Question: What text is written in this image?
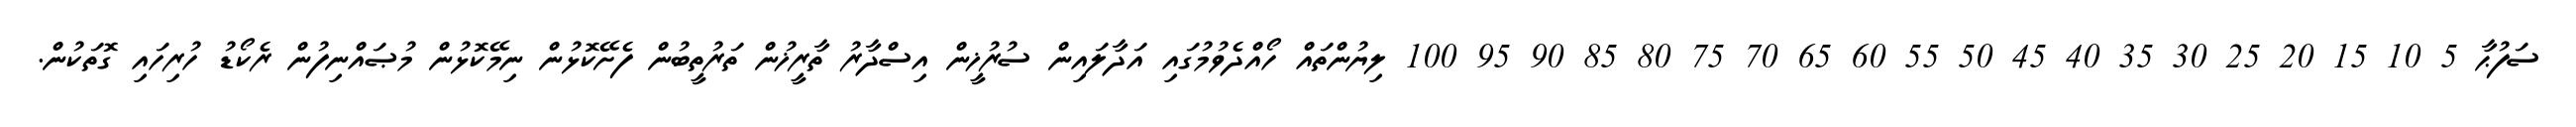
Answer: ސަފުޙާ 5 10 15 20 25 30 35 40 45 50 55 60 65 70 75 80 85 90 95 100 ލިޔުންތައް ހޯއްދެވުމުގައި އަދާލައިން ސުރުޚީން އިސްދާރު ތާރީޚުން ތަރުތީބުން ފެށޭކޮޅުން ނިމޭކޮޅުން މުޞައްނިފުން ރެކޯޑު ހުރިހައި ގޮތަކުން.